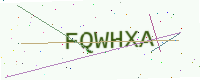
Text: FQWHXA